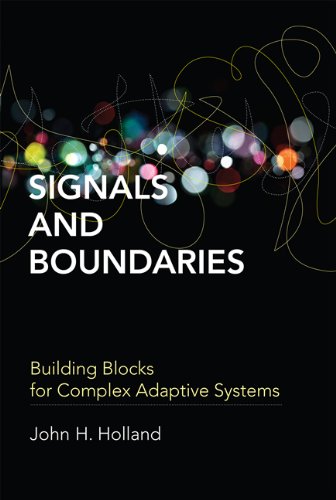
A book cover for Signals and Boundaries: Building Blocks for Complex Adaptive Systems; John H. Holland; Science & Math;